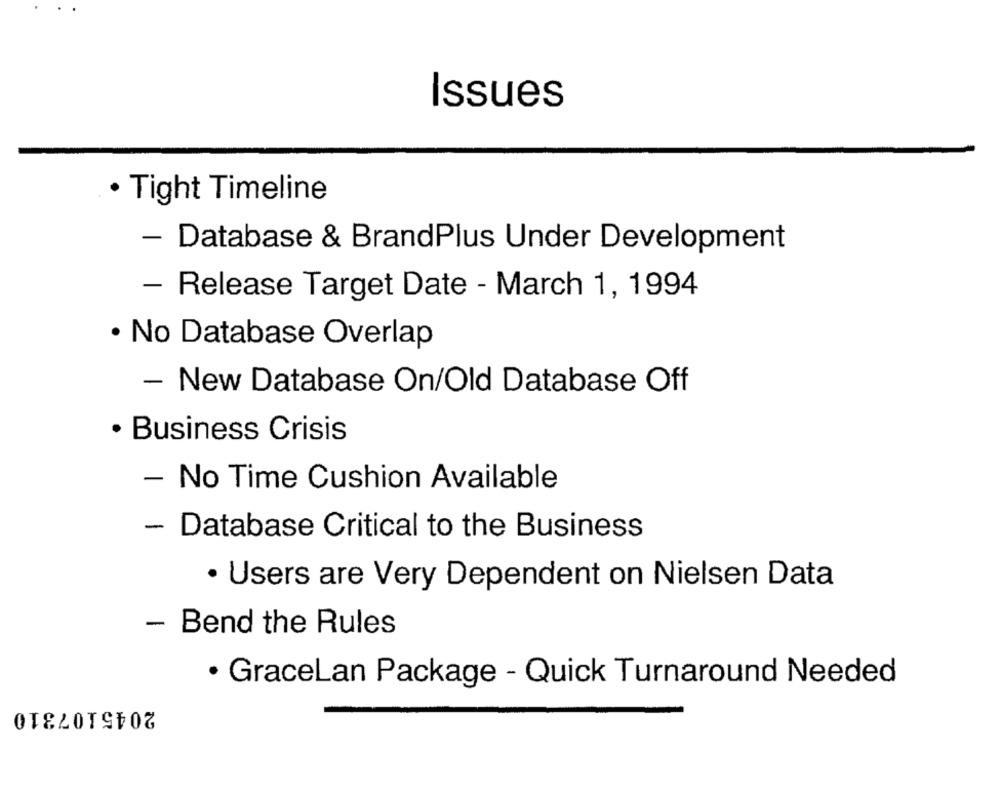
Issues
· Tight Timeline
- Database & BrandPlus Under Development
- Release Target Date - March 1, 1994
· No Database Overlap
- New Database On/Old Database Off
· Business Crisis
- No Time Cushion Available
- Database Critical to the Business
· Users are Very Dependent on Nielsen Data
- Bend the Rules
· GraceLan Package - Quick Turnaround Needed
2045107310